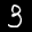
Label: 3